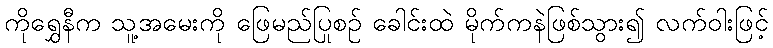
ကိုရွှေနီက သူ့အမေးကို ဖြေမည်ပြုစဉ် ခေါင်းထဲ မိုက်ကနဲဖြစ်သွား၍ လက်ဝါးဖြင့်